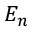
E _ { n }